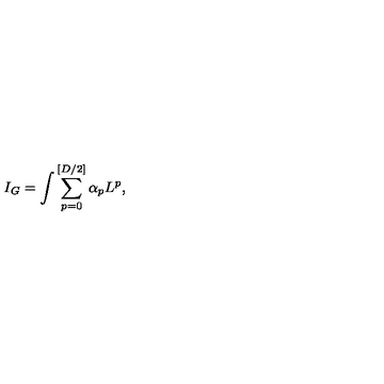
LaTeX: I _ { G } = \int \sum _ { p = 0 } ^ { [ D / 2 ] } \alpha _ { p } L ^ { p } ,